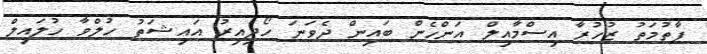
ފާތުމަތު ޒުހުރާ އިސްމާއިލް އަންހެން ބައިން ދެވަނަ ހޯދިއިރު އައިޝަތު ހުލްވާ ހުލައިލް